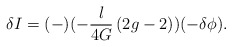
\begin{align*}\delta I = (-)(- {l\over 4G}\, (2g-2))(-\delta\phi).\end{align*}